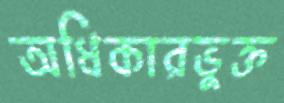
অধিকারভুক্ত